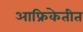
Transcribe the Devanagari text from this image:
आफ्रिकेतीत